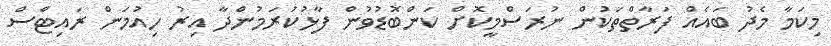
މިކަމާ މެދު ބައެއް ފަރާތްތަކުން ނުރަސްމީކޮށް ކަންބޮޑުވުން ފާޅުކުރަމުންދާ އިރު ހިއުމަން ރައިޓްސް